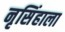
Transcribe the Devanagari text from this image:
नृसिंहाला